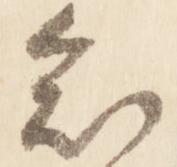
知